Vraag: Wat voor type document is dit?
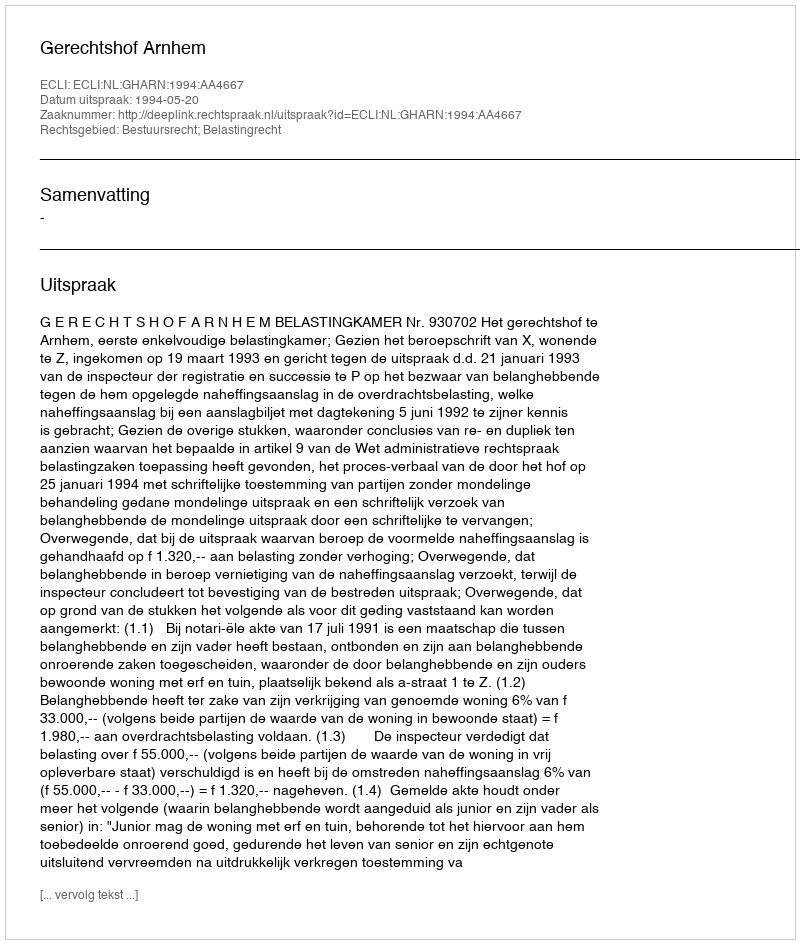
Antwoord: Uitspraak